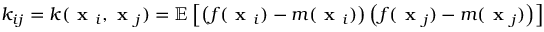
k _ { i j } = k ( \textbf { x } _ { i } , \textbf { x } _ { j } ) = \mathbb { E } \left[ \left( f ( \textbf { x } _ { i } ) - m ( \textbf { x } _ { i } ) \right) \left( f ( \textbf { x } _ { j } ) - m ( \textbf { x } _ { j } ) \right) \right]